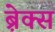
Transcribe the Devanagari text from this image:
ब्रे़क्स